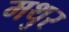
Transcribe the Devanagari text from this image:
मथुर